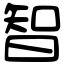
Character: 智